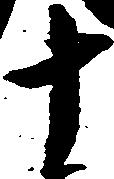
十